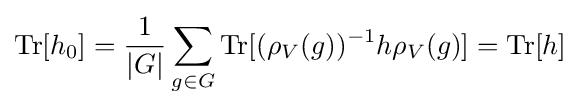
\mathrm {Tr} [h_{0}]={\frac {1}{|G|}}\sum _{g\in G}\mathrm {Tr} [(\rho _{V}(g))^{-1}h\rho _{V}(g)]=\mathrm {Tr} [h]